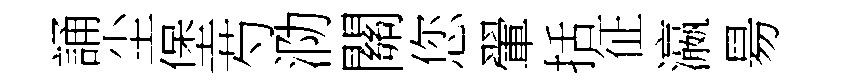
誦尘堡芍泐關您翬括征瀛昜